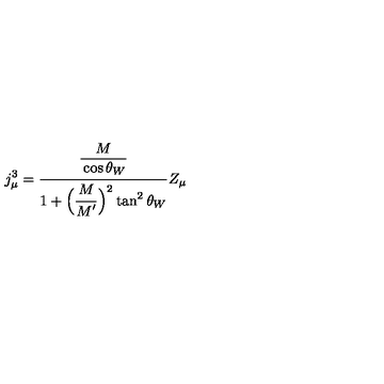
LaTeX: j _ { \mu } ^ { 3 } = \frac { \frac { \strut \displaystyle M } { \strut \displaystyle \cos \theta _ { W } } } { 1 + \strut \displaystyle \Bigl ( \frac { \strut \displaystyle M } { \strut \displaystyle M ^ { \prime } } \Bigr ) ^ { 2 } \tan ^ { 2 } \theta _ { W } } Z _ { \mu }